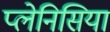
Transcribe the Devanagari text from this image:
प्लेनिसिया